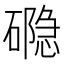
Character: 𮁉